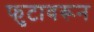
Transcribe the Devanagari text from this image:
फुटावरून